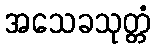
အသေခသုတ္တံ